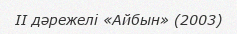
II дәрежелі «Айбын» (2003)